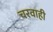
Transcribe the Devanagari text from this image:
चरवाही